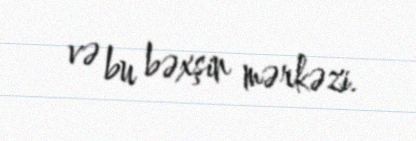
və bu bəxşin mərkəzi.